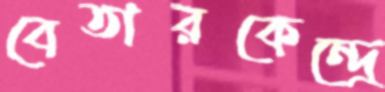
বেতারকেন্দ্রে